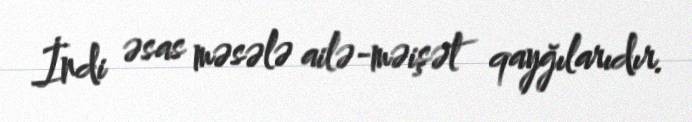
İndi əsas məsələ ailə-məişət qayğılarıdır.